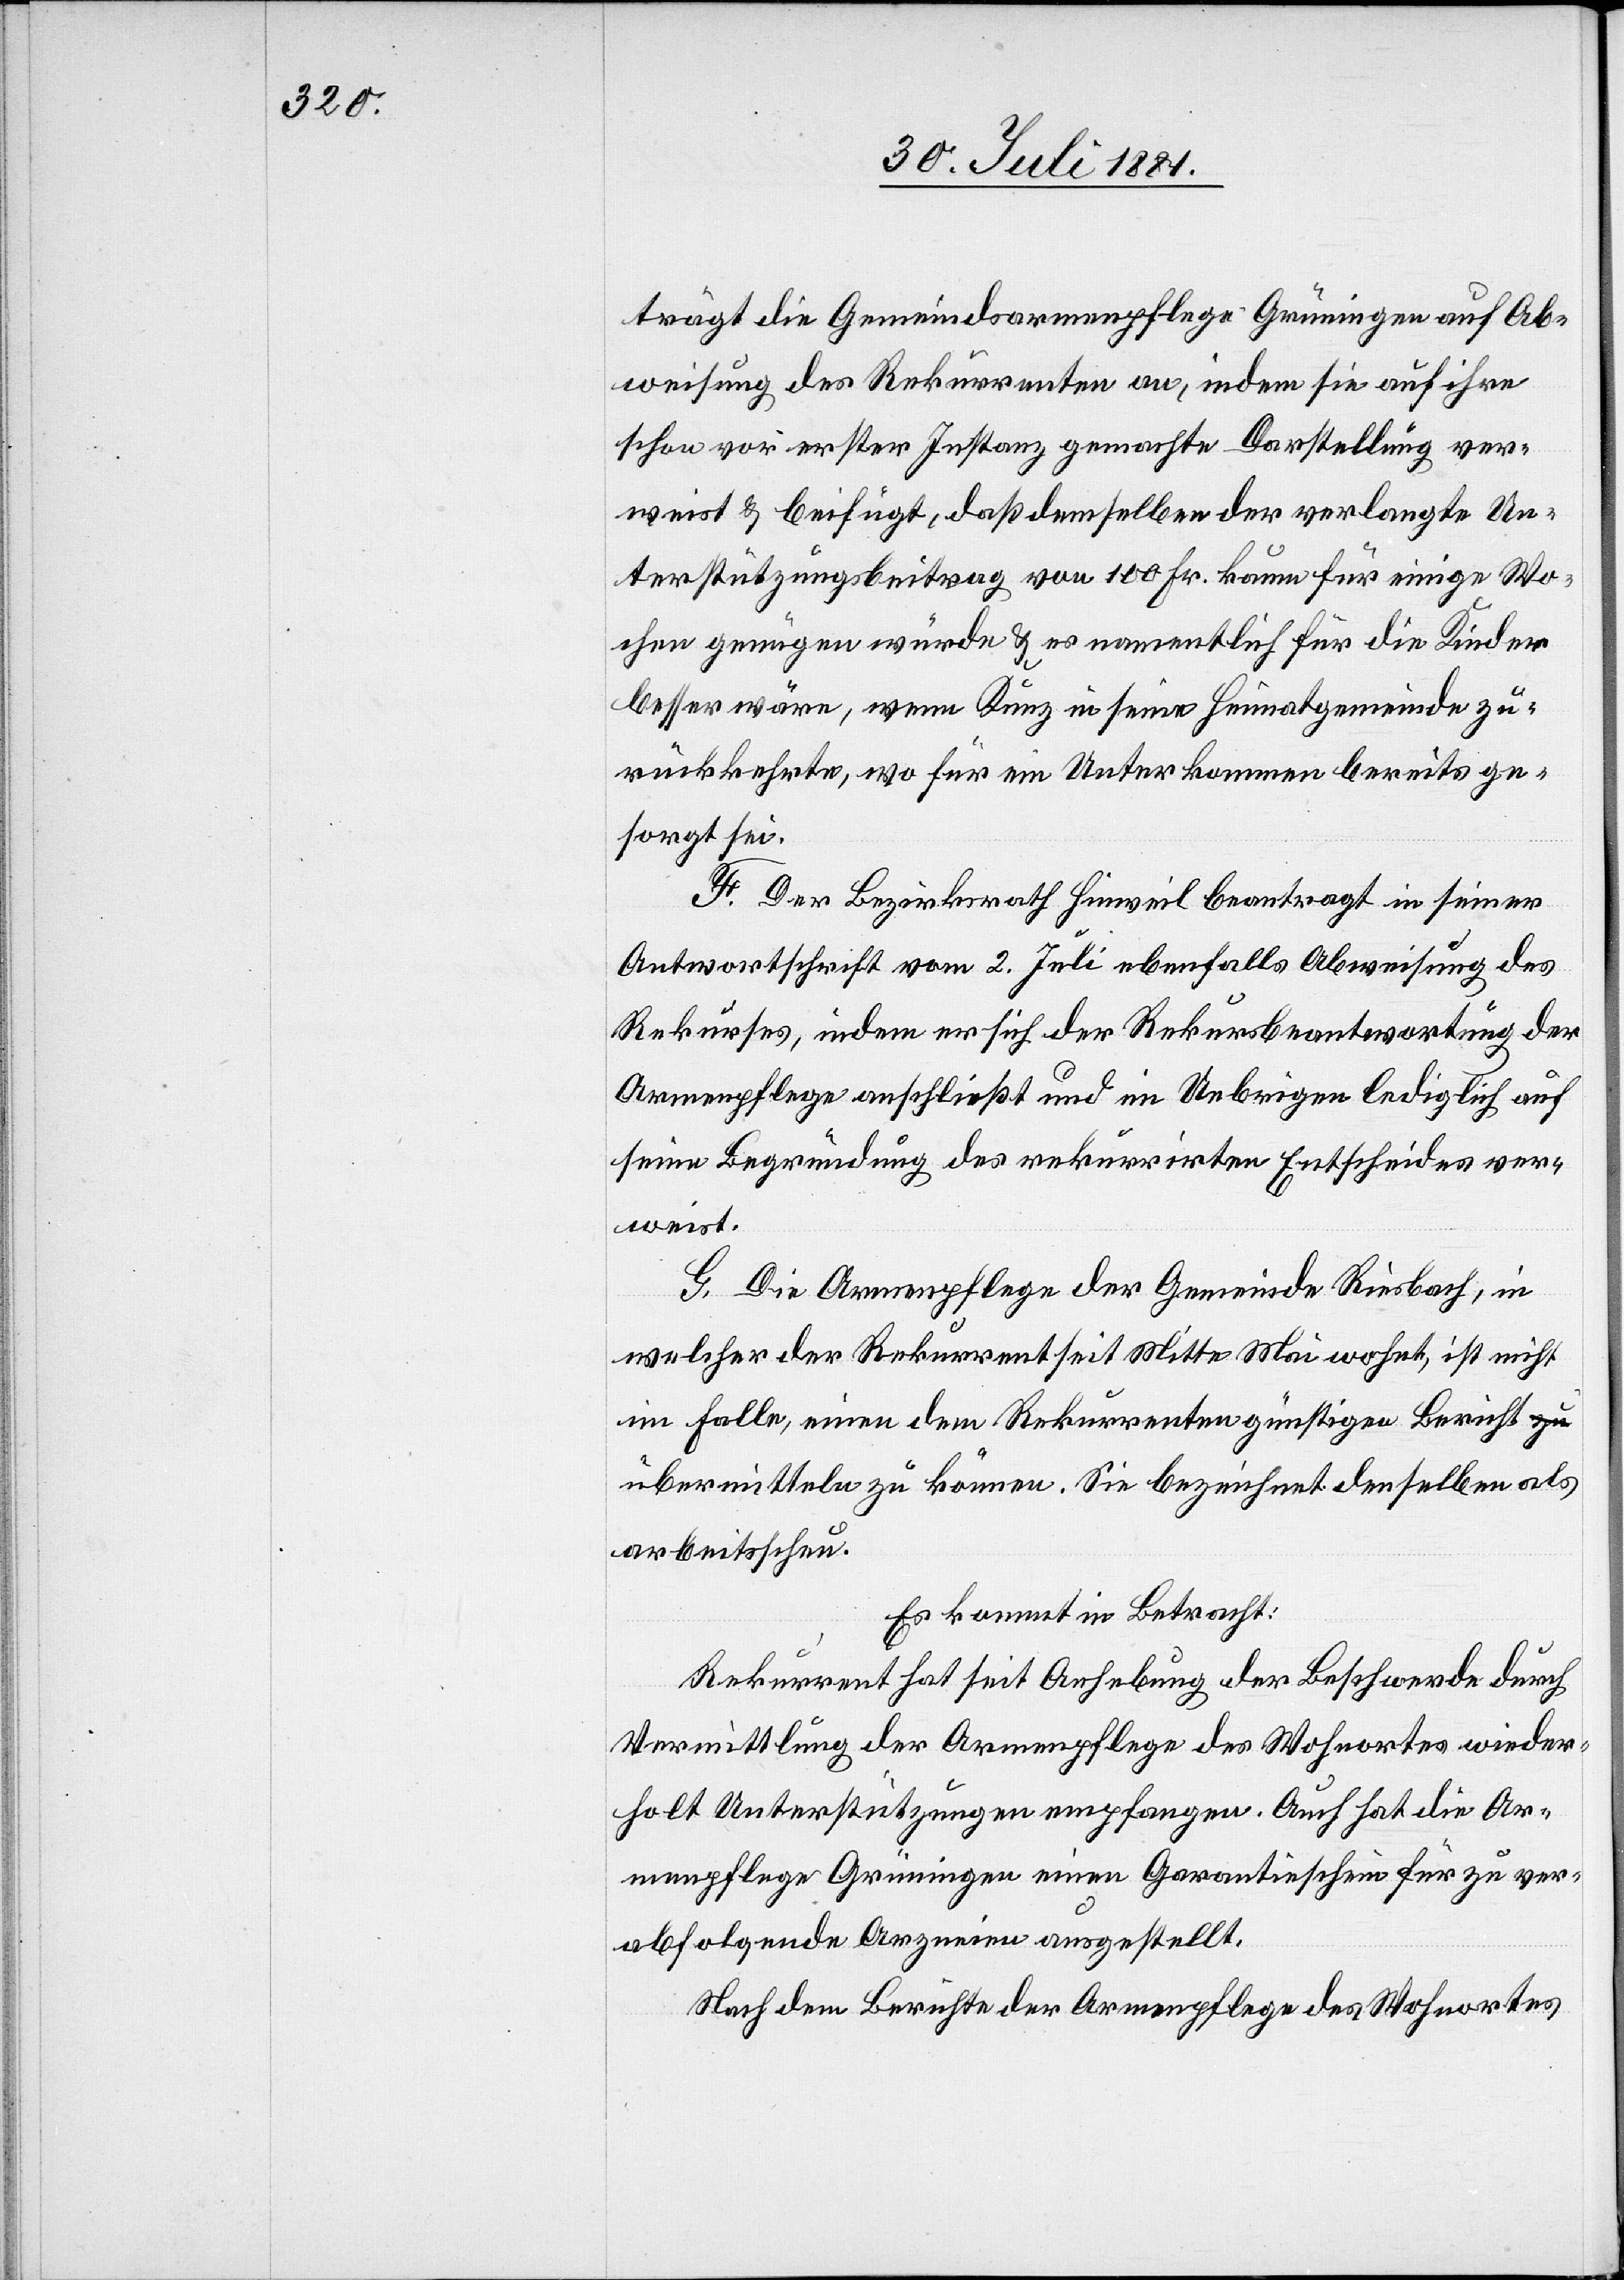
trägt die Gemeindsarmenpflege Grüningen auf Ab¬
weisung des Rekurrenten an, indem sie auf ihre
schon vor erster Instanz gemachte Darstellung ver¬
weist & beifügt, daß demselben der verlangte Un¬
terstützungsbeitrag von 100 Fr. kaum für einige Wo¬
chen genügen würde & es namentlich für die Kinder
besser wäre, wenn Kunz in seine Heimatgemeinde zu¬
rückkehrte, wo für ein Unterkommen bereits ge¬
sorgt sei.
F. Der Bezirksrath Hinweil beantragt in seiner
Antwortschrift vom 2. Juli ebenfalls Abweisung des
Rekurses, indem er sich der Rekursbeantwortung der
Armenpflege anschließt und im Uebrigen lediglich auf
seine Begründung des rekurrirten Entscheides ver¬
weist.
G. Die Armenpflege der Gemeinde Riesbach, in
welcher der Rekurrent seit Mitte Mai wohnt, ist nicht
im Falle, einen dem Rekurrenten günstigen Bericht
übermitteln zu können. Sie bezeichnet denselben als
arbeitsscheu.
Es kommt in Betracht:
Rekurrent hat seit Anhebung der Beschwerde durch
Vermittlung der Armenpflege des Wohnortes wieder¬
holt Unterstützung empfangen. Auch hat die Ar¬
menpflege Grüningen einen Garantischein für zu ver¬
abfolgende Arzneien ausgestellt.
Nach dem Berichte der Armenpflege des Wohnortes